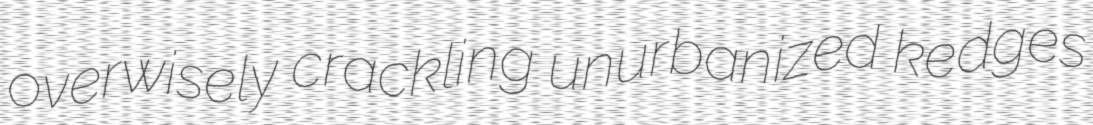
overwisely crackling unurbanized kedges